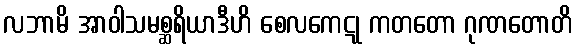
လဘာမိ အာဝါသမစ္ဆရိယာဒီဟိ စေလကေဋု ကတတော ဂုဏတောတိ